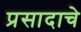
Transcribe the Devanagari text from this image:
प्रसादाचे